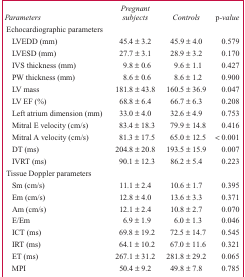
<table><thead><tr><td><b><i>Parameters</i></b></td><td><b><i>Pregnant subjects</i></b></td><td><b><i>Controls</i></b></td><td><b>p<i>-value</i></b></td></tr></thead><tbody><tr><td colspan="4">Echocardiographic parameters</td></tr><tr><td>LVEDD (mm)</td><td>45.4 ± 3.2</td><td>45.9 ± 4.0</td><td>0.579</td></tr><tr><td>LVESD (mm)</td><td>27.7 ± 3.1</td><td>28.9 ± 3.2</td><td>0.170</td></tr><tr><td>IVS thickness (mm)</td><td>9.8 ± 0.6</td><td>9.6 ± 1.1</td><td>0.427</td></tr><tr><td>PW thickness (mm)</td><td>8.6 ± 0.6</td><td>8.6 ± 1.2</td><td>0.900</td></tr><tr><td>LV mass</td><td>181.8 ± 43.8</td><td>160.5 ± 36.9</td><td>0.047</td></tr><tr><td>LV EF (%)</td><td>68.8 ± 6.4</td><td>66.7 ± 6.3</td><td>0.208</td></tr><tr><td>Left atrium dimension (mm)</td><td>33.0 ± 4.0</td><td>32.6 ± 4.9</td><td>0.753</td></tr><tr><td>Mitral E velocity (cm/s)</td><td>83.4 ± 18.3</td><td>79.9 ± 14.8</td><td>0.416</td></tr><tr><td>Mitral A velocity (cm/s)</td><td>81.3 ± 17.5</td><td>65.0 ± 12.5</td><td>&lt; 0.001</td></tr><tr><td>DT (ms)</td><td>204.8 ± 20.8</td><td>193.5 ± 15.9</td><td>0.007</td></tr><tr><td>IVRT (ms)</td><td>90.1 ± 12.3</td><td>86.2 ± 5.4</td><td>0.223</td></tr><tr><td colspan="4">Tissue Doppler parameters</td></tr><tr><td>Sm (cm/s)</td><td>11.1 ± 2.4</td><td>10.6 ± 1.7</td><td>0.395</td></tr><tr><td>Em (cm/s)</td><td>12.8 ± 4.0</td><td>13.6 ± 3.3</td><td>0.371</td></tr><tr><td>Am (cm/s)</td><td>12.1 ± 2.4</td><td>10.8 ± 2.7</td><td>0.070</td></tr><tr><td>E/Em</td><td>6.9 ± 1.9</td><td>6.0 ± 1.3</td><td>0.046</td></tr><tr><td>ICT (ms)</td><td>69.8 ± 19.2</td><td>72.5 ± 14.7</td><td>0.545</td></tr><tr><td>IRT (ms)</td><td>64.1 ± 10.2</td><td>67.0 ± 11.6</td><td>0.321</td></tr><tr><td>ET (ms)</td><td>267.1 ± 31.2</td><td>281.8 ± 29.2</td><td>0.065</td></tr><tr><td>MPI</td><td>50.4 ± 9.2</td><td>49.8 ± 7.8</td><td>0.785</td></tr></tbody></table>